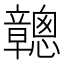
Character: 𥫑